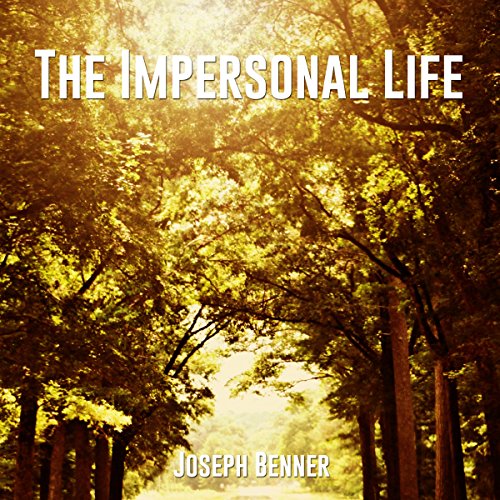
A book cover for The Impersonal Life; Joseph Benner; Religion & Spirituality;